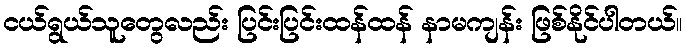
ငယ်ရွယ်သူတွေလည်း ပြင်းပြင်းထန်ထန် နာမကျန်း ဖြစ်နိုင်ပါတယ်။